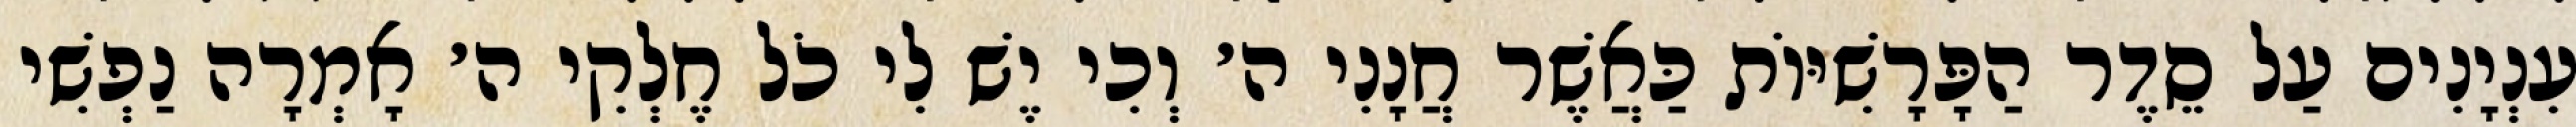
עִנְיָנִים עַל סֵדֶר הַפָּרָשִׁיּוֹת כַּאֲשֶׁר חֲנָנִי ה׳ וְכִי יֶשׁ לִי כֹל חֶלְקִי ה׳ אָמְרָה נַפְשִׁי